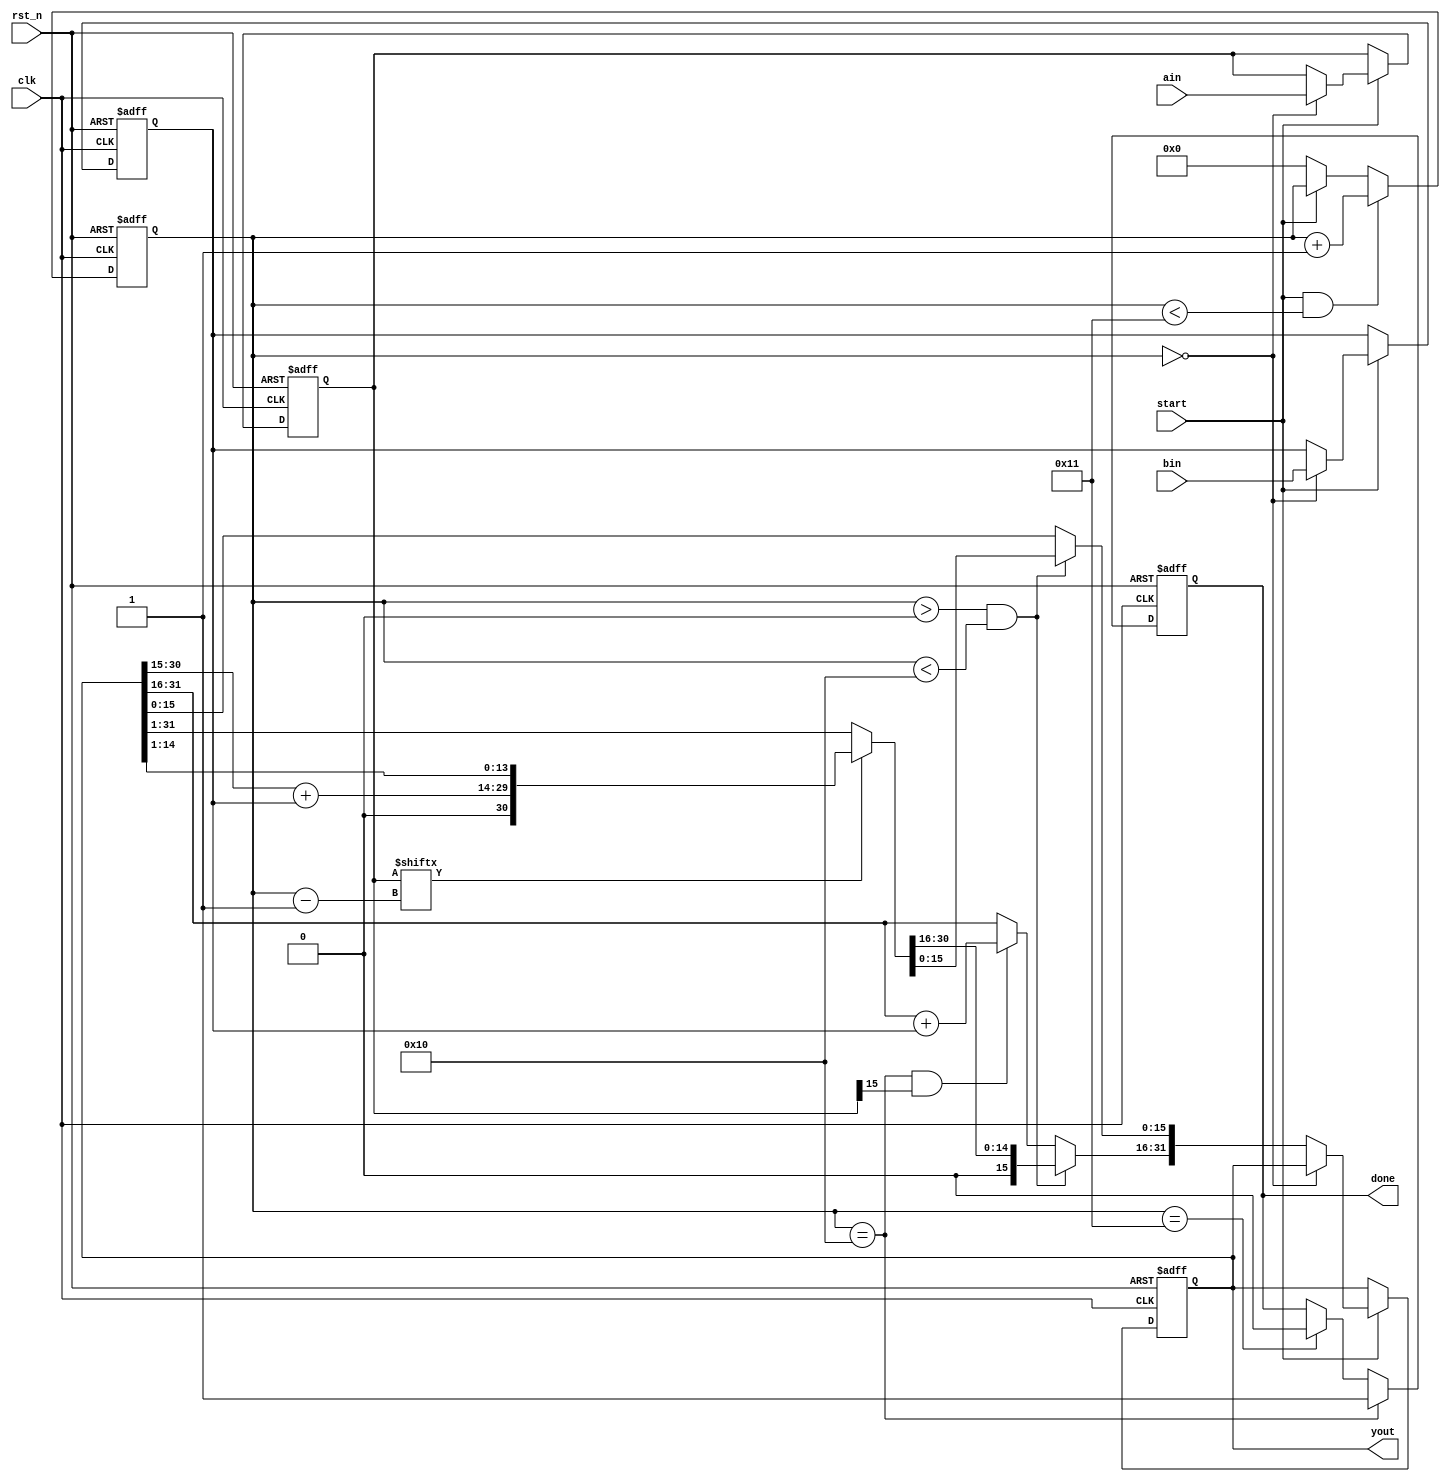
/*--------------------------------------------------------------------
:
1.:

2.:
  
---------------------------------------------------------------------*/

//16
/*--------------------------------------------------------------------
:


1300MHz
300M

16ainbin0xFFFF


ex:
200MHzainbin0xFFFF16
200MHz:200M/16 = 12.5M

---------------------------------------------------------------------*/

/*--------------------------------------------------------------------
:

 |			 |        |        						  |
 |   |    | 			 			  |
 |			 |        |        						  |
 
---------------------------------------------------------------------*/

/*--------------------------------------------------------------------
port :

input clk;     	// 50MHz
input rst_n;	// reset signal , active low
input start;	//  0: / 1:
				// 0 -> 1ain  bin
				// 

input ain;		// , 16bits
input bin;		// , 16bits
output yout;	// , 32bits
output done;	// 
				// 1 : ; 0 : 
--------------------------------------------------------------------*/

module multiplier(
	clk,rst_n,
	start,ain,bin,yout,done
);

input clk;     	// 50MHz
input rst_n;	// reset signal , active low
input start;	//  0: / 1:
				// 0 -> 1ain  bin
				// 

input [15:0] ain;		// , 16bits
input [15:0] bin;		// , 16bits
output [31:0] yout;	// , 32bits
output done;	// 
				// 1 : ; 0 : 
				
reg	[15:0] areg;	//a
reg	[15:0] breg;	//b
reg	[31:0] yout_r;	//
reg done_r;
reg [4:0] i;		//

//--------------------------------------------------------------------
//
always@(posedge clk or negedge rst_n)
begin
	if(!rst_n) i <= 5'd0;
	else if(start && i < 5'd17) i <= i + 1'b1;
	else if(!start) i <= 5'd0;
end

//--------------------------------------------------------------------
//
always@(posedge clk or negedge rst_n)
begin
	if(!rst_n) done_r <= 1'b0;
	else if(i == 5'd16) done_r <= 1'b1;		//
	else if(i == 5'd17) done_r <= 1'b0;		//
end

assign done = done_r;

//--------------------------------------------------------------------
//
/*

			21
	x		36
---------------
		   126
	+	   63
---------------
		   756
		   
		   
			1010	10
	x		1101	13
----------------
		    1010
		   0000
		  1010
	+	 1010
----------------
		10000010	130 

		
*/
always@(posedge clk or negedge rst_n)
begin
	if(!rst_n) begin
		areg <= 16'h0000;
		breg <= 16'h0000;
		yout_r <= 32'h00000000;
	end
	else if(start) begin	//
		if(i == 5'd0) begin	//,
			areg <= ain;
			breg <= bin;
		end
		else if(i > 5'd0 && i < 5'd16) begin	// i = 1, 2, 3, 4, ..., 15, 16
			if(areg[i-1]) yout_r = {1'b0,yout[30:15] + breg, yout_r[14:1]};		//
			else yout_r <= yout_r >> 1;		//
		end
		else if(i == 5'd16 && areg[15]) yout_r[31:16] <= yout_r[31:16] + breg;	//
	end
end

assign yout = yout_r;

endmodule